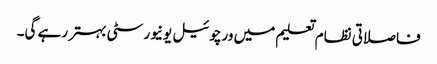
فاصلاتی نظام تعلیم میں ورچوئیل یونیورسٹی بہتر رہے گی۔